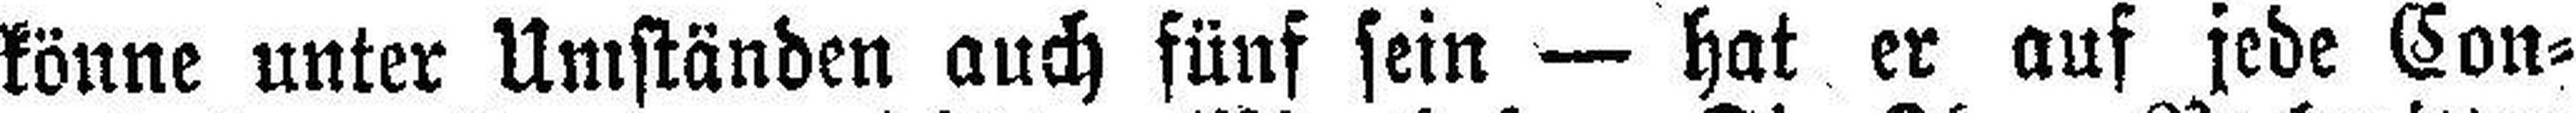
könne unter Umständen auch fünf sein — hat er auf jede Con¬